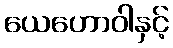
ယေဟောဝါနှင့်